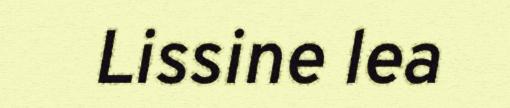
Lissine lea